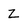
Character: Z